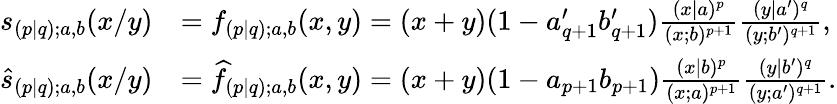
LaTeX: \begin{array}{rl}{s_{(p|q);a,b}(x/y)}&{=f_{(p|q);a,b}(x,y)=(x+y)(1-a_{q+1}^{\prime}b_{q+1}^{\prime})\frac{(x|a)^{p}}{(x;b)^{p+1}}\frac{(y|a^{\prime})^{q}}{(y;b^{\prime})^{q+1}},}\\ {\widehat{s}_{(p|q);a,b}(x/y)}&{=\widehat{f}_{(p|q);a,b}(x,y)=(x+y)(1-a_{p+1}b_{p+1})\frac{(x|b)^{p}}{(x;a)^{p+1}}\frac{(y|b^{\prime})^{q}}{(y;a^{\prime})^{q+1}}.}\end{array}